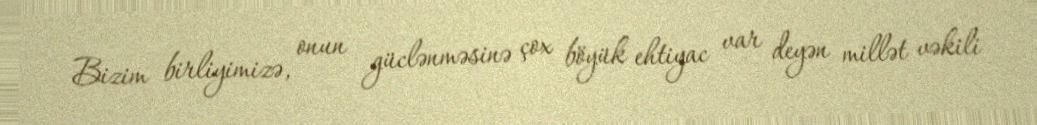
Bizim birliyimizə, onun güclənməsinə çox böyük ehtiyac var deyən millət vəkili